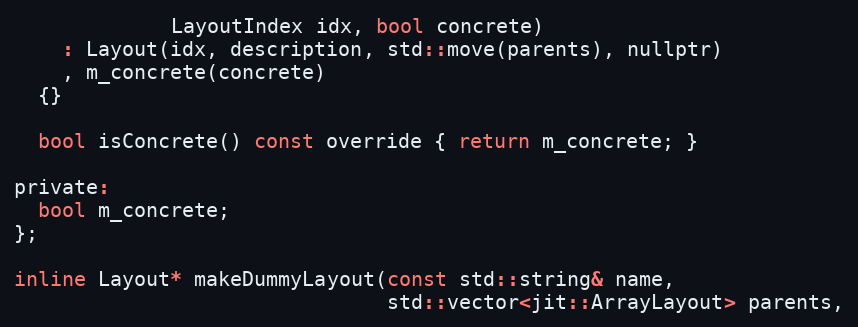
Language: C
             LayoutIndex idx, bool concrete)
    : Layout(idx, description, std::move(parents), nullptr)
    , m_concrete(concrete)
  {}

  bool isConcrete() const override { return m_concrete; }

private:
  bool m_concrete;
};

inline Layout* makeDummyLayout(const std::string& name,
                               std::vector<jit::ArrayLayout> parents,